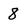
Character: 8